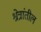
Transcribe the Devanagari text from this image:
श्रेत्रांतील